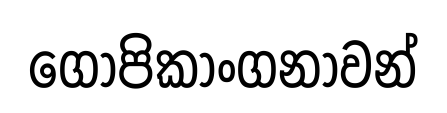
ගෝපිකාංගනාවන්